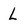
Character: L